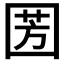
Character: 𭍦